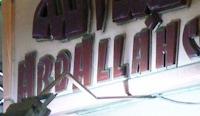
abrallah